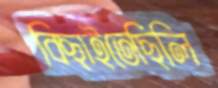
বিছাইতেছিলি